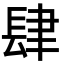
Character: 肆